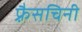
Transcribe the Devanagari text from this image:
फ़्रैसचिनी